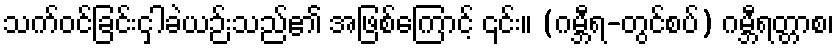
သက်ဝင်ခြင်းငှါခဲယဉ်းသည်၏ အဖြစ်ကြောင့် ၎င်း။ (ဂမ္ဘီရ-တွင်စပ်) ဂမ္ဘီရတ္တာစ၊